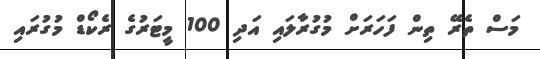
މަސް ތެރޭ ތިން ފަހަރަށް މުގުރާލައި އަދި 100 މީޓަރުގެ ރެކޯޑް މުގުރައި